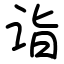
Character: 诣